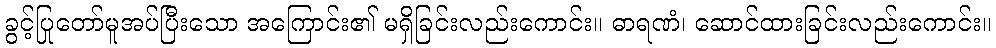
ခွင့်ပြုတော်မူအပ်ပြီးသော အကြောင်း၏ မရှိခြင်းလည်းကောင်း။ ဓာရဏံ၊ ဆောင်ထားခြင်းလည်းကောင်း။